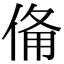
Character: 𬾨